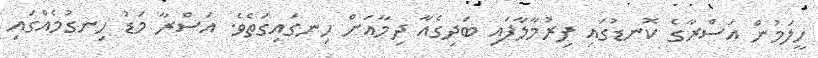
ހީލަމުން އަސްރާގެ ކޮނޑުގައި ފިރުމާލާފައި ބަދިގެއާ ދިމާއަށް ހިނގައިގަތެވެ. އަސްރާ މަޑު ހިނގުމެއްގައި